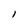
Character: l